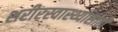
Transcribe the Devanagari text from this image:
शरीरस्वास्थ्यासाठी